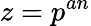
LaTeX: z=p^{an}